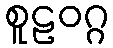
စူဠဝဂ္ဂ